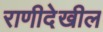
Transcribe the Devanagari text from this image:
राणीदेखील